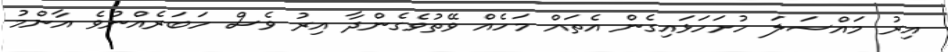
އިރު މައްސަލަ ހުށަހަޅައިގެން އެތައް މަހެއް ވޭތުވެގެންދާ އިރު ވެސް ހަބަރެއްނުވެ އާންމު